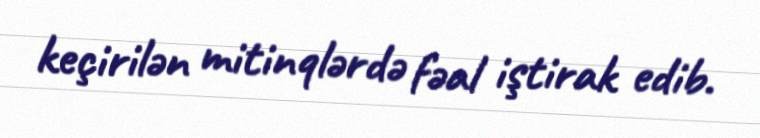
keçirilən mitinqlərdə fəal iştirak edib.